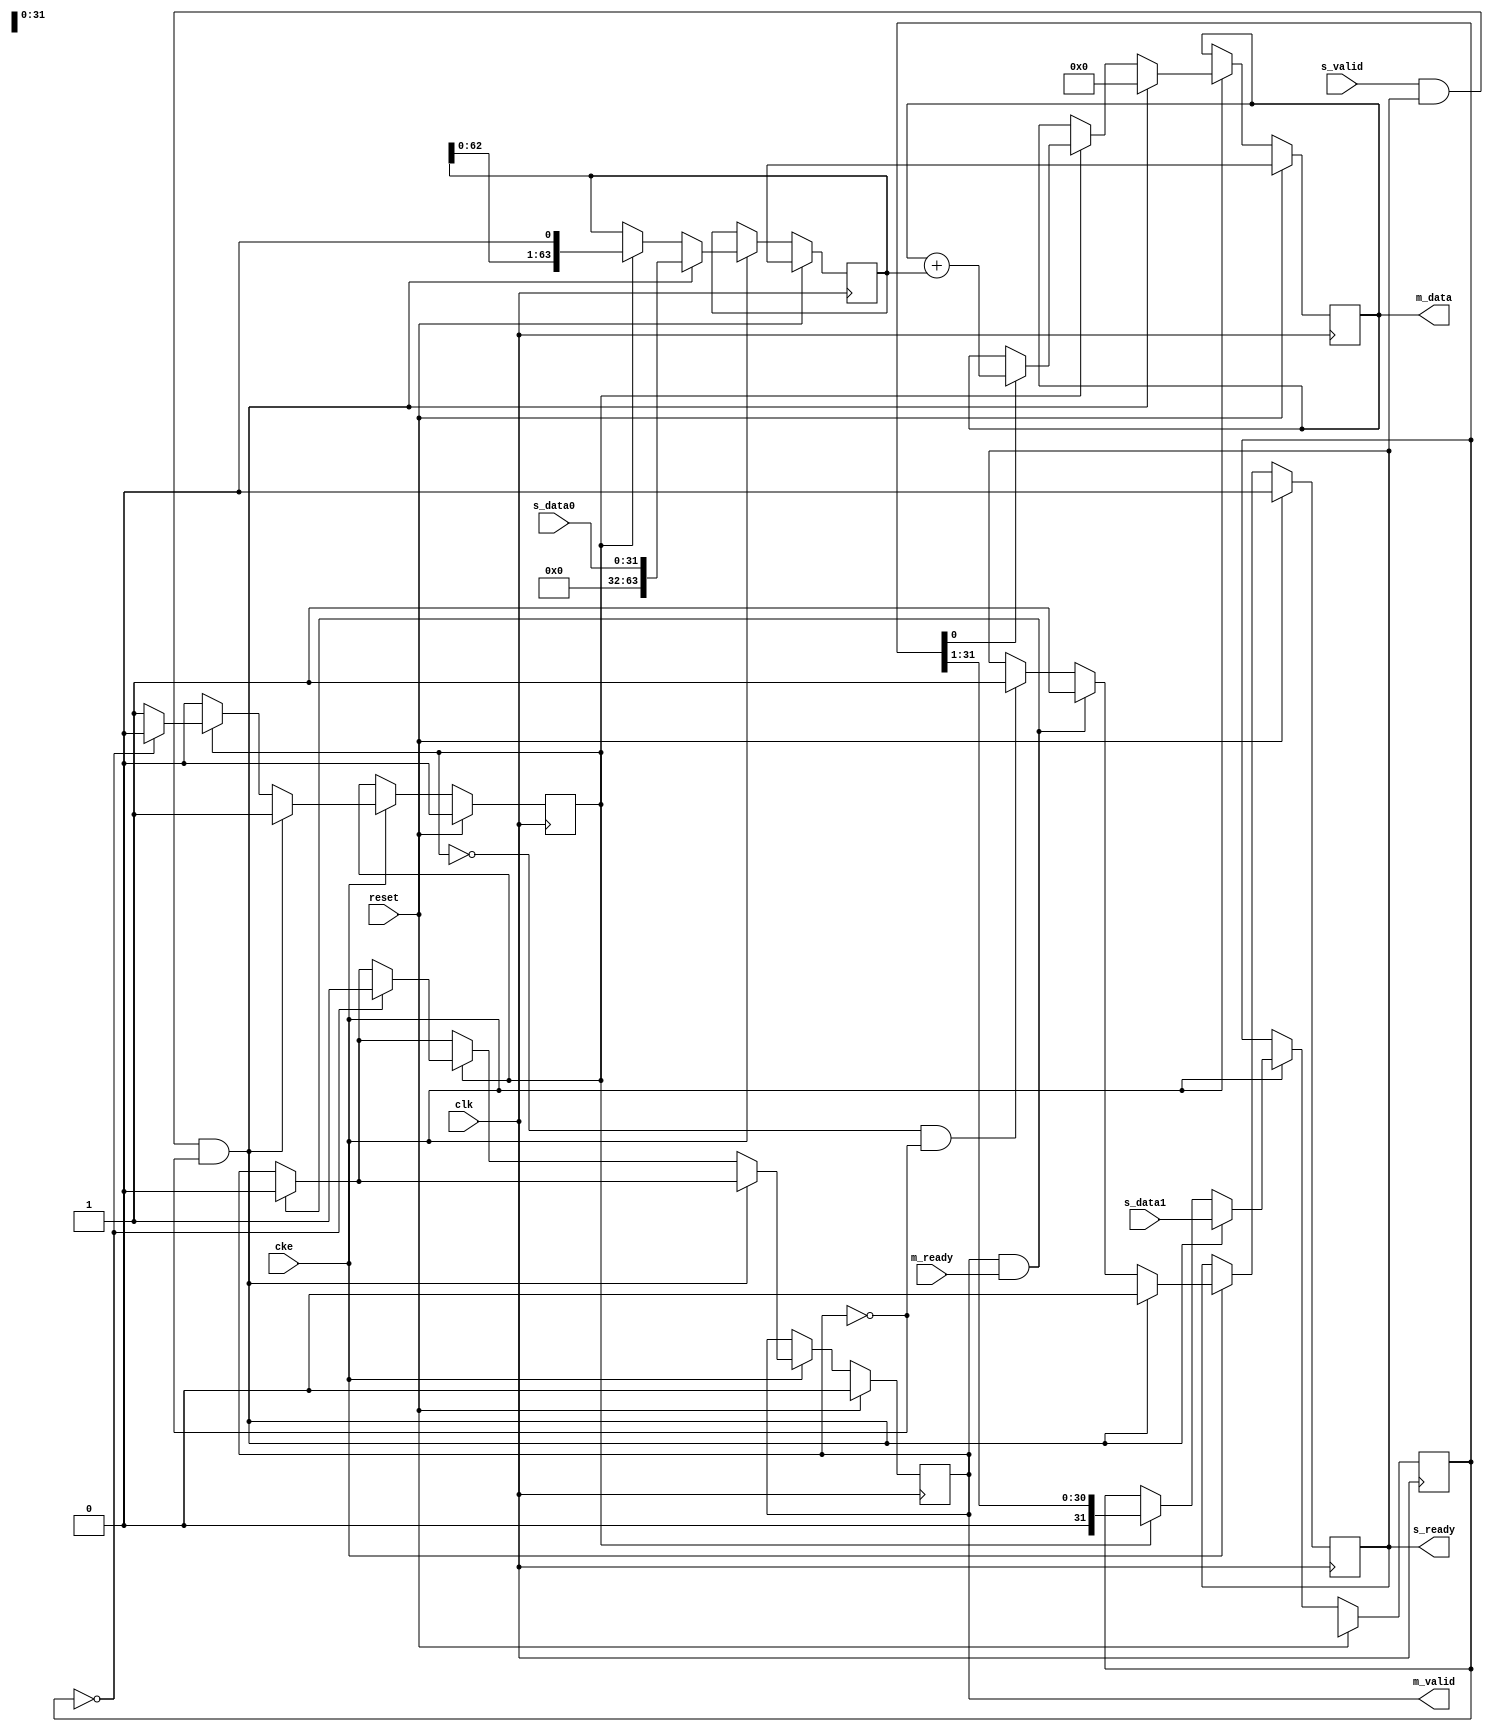
// This program was cloned from: https://github.com/ryuz/jelly
// License: MIT License

// ---------------------------------------------------------------------------
//  Jelly  -- The platform for real-time computing
//
//                                 Copyright (C) 2008-2020 by Ryuz
//                                 https://github.com/ryuz/jelly.git
// ---------------------------------------------------------------------------



`timescale 1ns / 1ps
`default_nettype none



// 
module jelly_unsigned_multiply_multicycle
        #(
            parameter   DATA_WIDTH0 = 32,
            parameter   DATA_WIDTH1 = 32
        )
        (
            input   wire                                    reset,
            input   wire                                    clk,
            input   wire                                    cke,
            
            // input
            input   wire    [DATA_WIDTH0-1:0]               s_data0,
            input   wire    [DATA_WIDTH1-1:0]               s_data1,
            input   wire                                    s_valid,
            output  wire                                    s_ready,
            
            // output
            output  wire    [DATA_WIDTH0+DATA_WIDTH1-1:0]   m_data,
            output  wire                                    m_valid,
            input   wire                                    m_ready
        );
    
    reg                                     reg_busy;
    reg                                     reg_ready;
    reg                                     reg_valid;
    
    reg     [DATA_WIDTH1-1:0]               reg_k;
    reg     [DATA_WIDTH0+DATA_WIDTH1-1:0]   reg_m;
    reg     [DATA_WIDTH0+DATA_WIDTH1-1:0]   reg_q;
    
    always @(posedge clk) begin
        if ( reset ) begin
            reg_busy    <= 1'b0;
            reg_ready   <= 1'b0;
            reg_valid   <= 1'b0;
            reg_k       <= {DATA_WIDTH1{1'bx}};
            reg_m       <= {(DATA_WIDTH0+DATA_WIDTH1){1'bx}};
            reg_q       <= {(DATA_WIDTH0+DATA_WIDTH1){1'bx}};
        end
        else if ( cke ) begin
            if ( !reg_busy && !reg_valid ) begin
                reg_ready <= 1'b1;
            end
            
            if ( m_valid & m_ready ) begin
                reg_valid <= 1'b0;
                reg_ready <= 1'b1;
            end
            
            if ( s_valid & s_ready & !m_valid ) begin
                // start
                reg_m       <= s_data0;
                reg_k       <= s_data1;
                reg_q       <= 0;
                reg_busy    <= 1'b1;
                reg_ready   <= 1'b0;
            end
            else if ( reg_busy ) begin
                if ( reg_k[0] ) begin
                    reg_q <= reg_q + reg_m;
                end
                reg_k <= reg_k >> 1;
                reg_m <= reg_m << 1;
                
                if ( reg_k == 0 ) begin
                    reg_busy  <= 1'b0;
                    reg_valid <= 1'b1;
                end
            end
        end
    end
    
    assign s_ready = reg_ready;
    
    assign m_data  = reg_q;
    assign m_valid = reg_valid;
    
endmodule


`default_nettype wire


// end of file